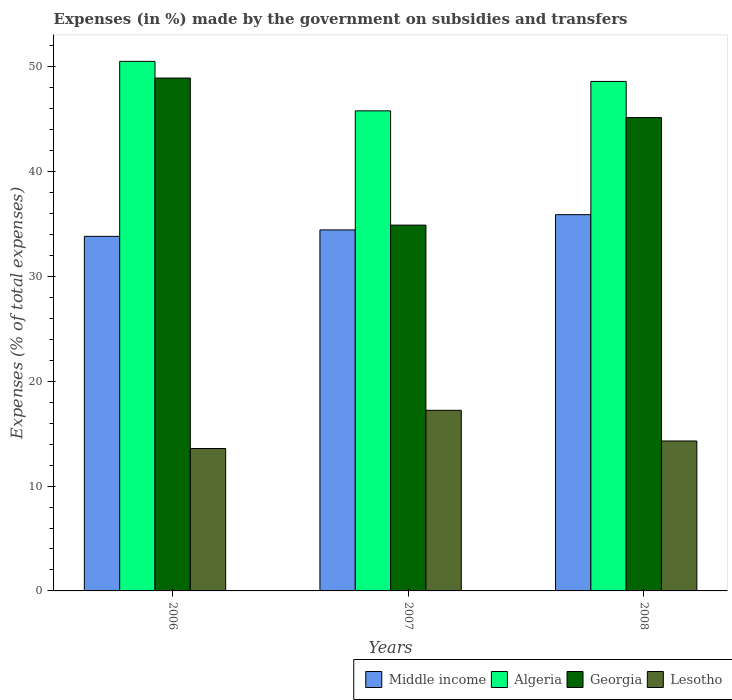
| Years | Middle income | Algeria | Georgia | Lesotho |
 | --- | --- | --- | --- | --- |
 | 2006 | 33.8 | 50.5 | 48.9 | 13.6 |
 | 2007 | 34.4 | 45.8 | 34.9 | 17.2 |
 | 2008 | 35.9 | 48.6 | 45.1 | 14.3 |